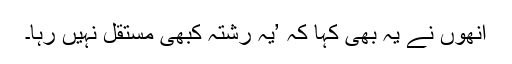
انھوں نے یہ بھی کہا کہ ’یہ رشتہ کبھی مستقل نہیں رہا۔